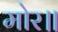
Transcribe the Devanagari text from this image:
मोर॥